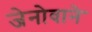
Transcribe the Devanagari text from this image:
जेनोवाने